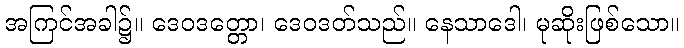
အကြင်အခါ၌။ ဒေဝဒတ္တော၊ ဒေဝဒတ်သည်။ နေသာဒေါ၊ မုဆိုးဖြစ်သော။